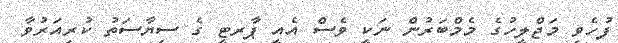
ފުހެވި މަޖްލީހުގެ މެމްބަރުން ނަކީ ވެސް އެއީ ޕާރޓީ ގެ ސިޔާސަތު ކުރިއަރުވާ